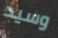
وسيد